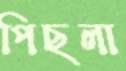
পিছলা